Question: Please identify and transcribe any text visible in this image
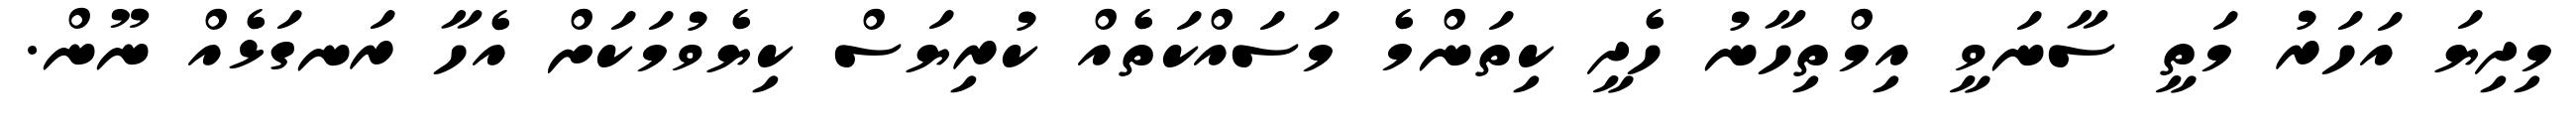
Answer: މިދިޔަ އަހަރު މަތީ ސާނަވީ އިމްތިހާނު ހެދީ ކިތަންމެ މަސައްކަތެއް ކުރިޔަސް ކިޔެވުމަކަށް އެހާ ރަނގަޅެއް ނޫން.